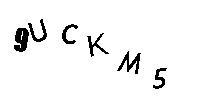
9UCKM5